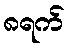
၈ရက်